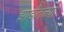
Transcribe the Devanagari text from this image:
झाडीतल्या